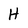
Character: H